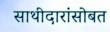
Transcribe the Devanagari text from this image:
साथीदारांसोबत